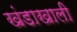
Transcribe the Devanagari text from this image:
खंडाखाली